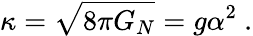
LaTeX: \kappa=\sqrt{8\pi G_{N}}=g\alpha^{2}\ .